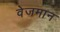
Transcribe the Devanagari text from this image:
वेजमान